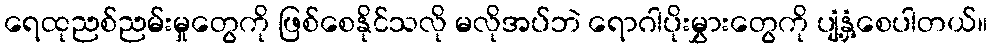
ရေထုညစ်ညမ်းမှုတွေကို ဖြစ်စေနိုင်သလို မလိုအပ်ဘဲ ရောဂါပိုးမွှားတွေကို ပျံ့နှံ့စေပါတယ်။